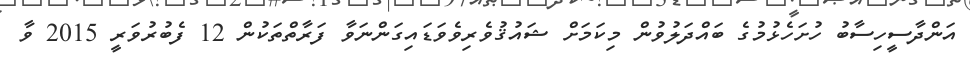
އަންދާސީހިސާބު ހުށަހެޅުމުގެ ބައްދަލުވުން މިކަމަށް ޝައުޤުވެރިވެވަޑައިގަންނަވާ ފަރާތްތަކުން 12 ފެބުރުވަރީ 2015 ވާ